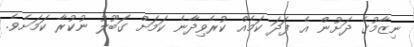
ނިޒާމުގެ ދަށުން އެ ފަދަ ކަމެއް ކުރެވިދާނެ ކަމަށް ގަބޫލު ނުކުރާ ކަމަށެވެ.